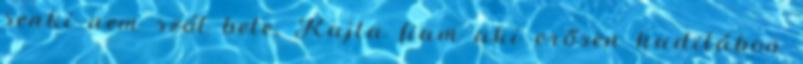
senki nem szól bele. Kajla fiam aki erősen hadilábon